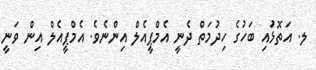
ލ. އަތޮޅުައި ބަހުގެ ހިދުމަތް ދެނީ އެމްޕީއެލް އިންނެވެ. އެމްޕީއެލް އިން ވަނީ